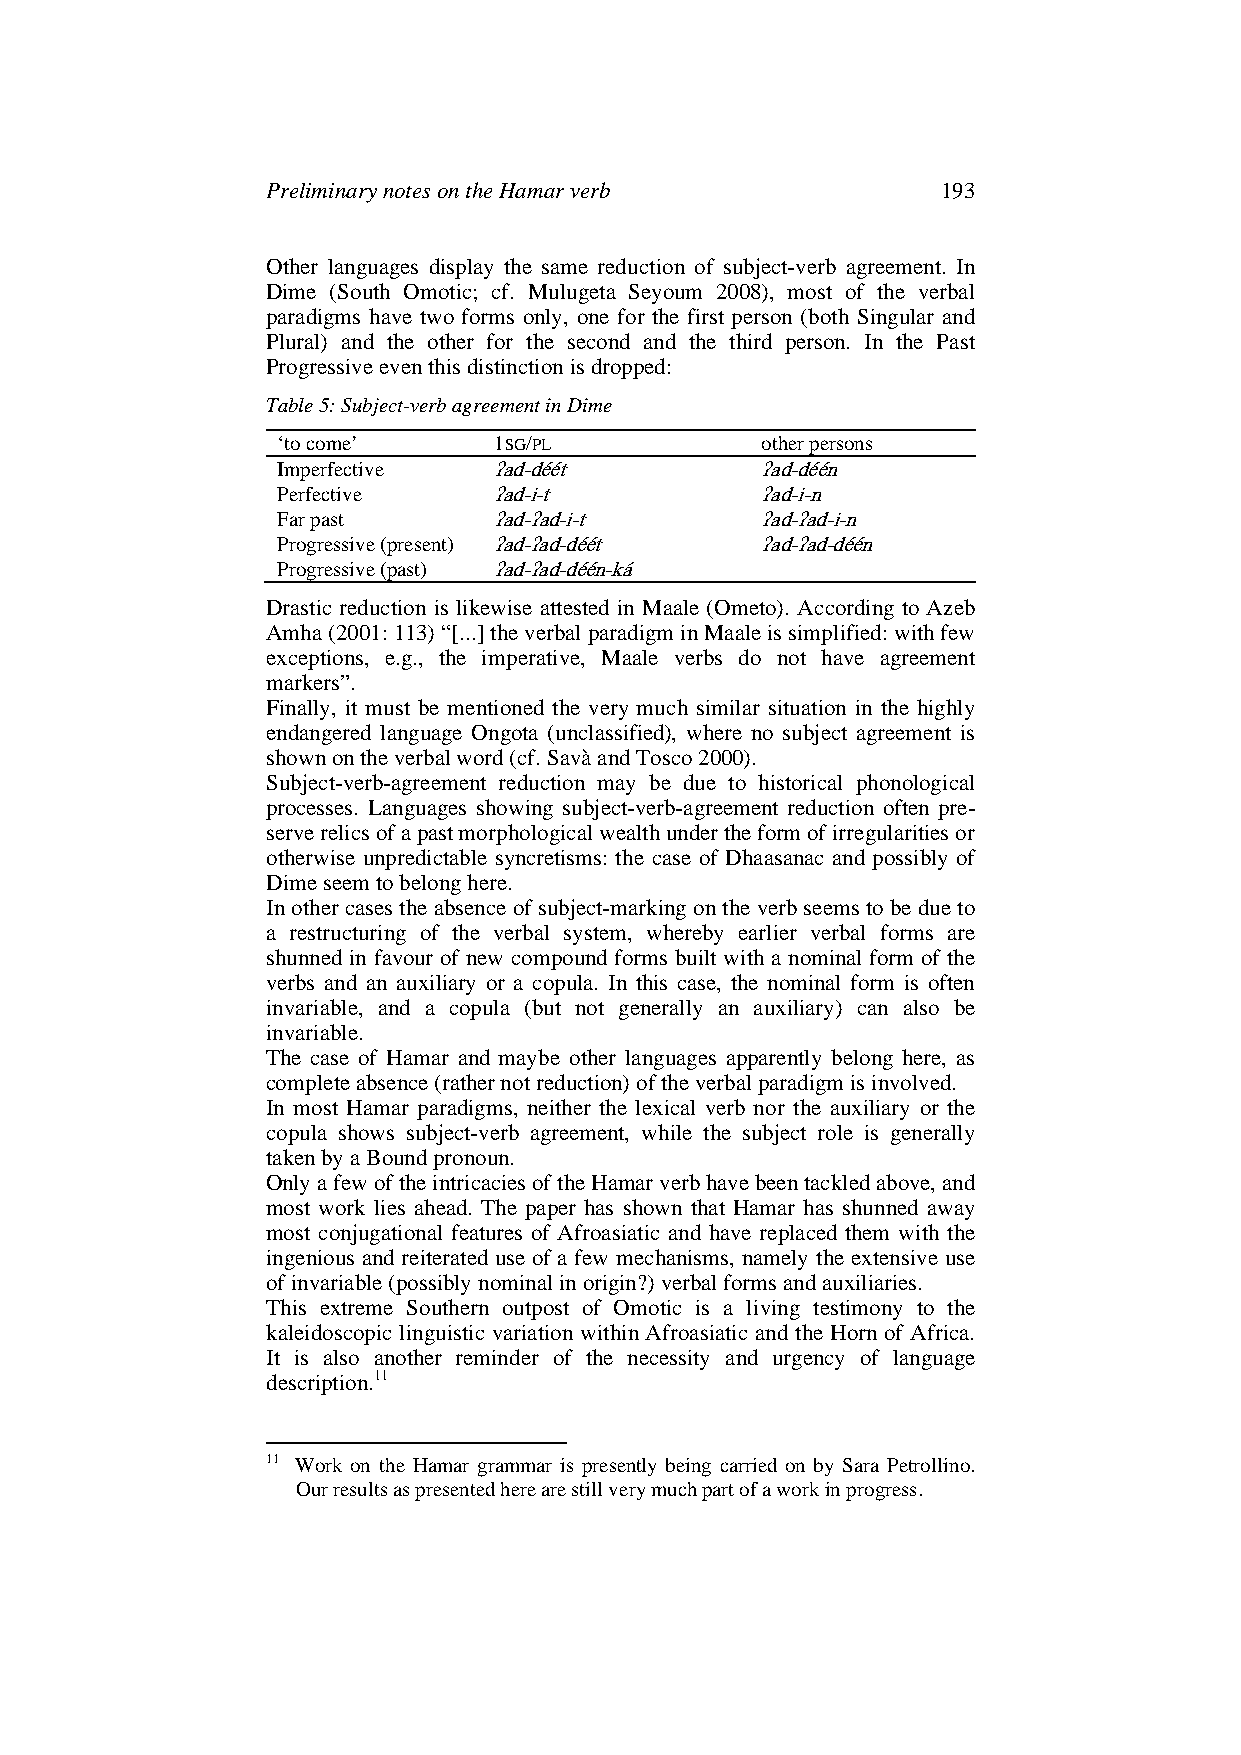
Preliminary notes on the Hamar verb         193
 Other languages display the same reduction of subject-verb agreement. In
 Dime (South Omotic; cf. Mulugeta Seyoum 2008), most of the verbal
 paradigms have two forms only, one for the first person (both Singular and
 Plural) and the other for the second and the third person. In the Past
 Progressive even this distinction is dropped:
 Table 5: Subject-verb agreement in Dime
 ‘to come’      1SG/PL           other persons
 Imperfective   ʔad-déét         ʔad-déén
 Perfective     ʔad-i-t          ʔad-i-n
 Far past       ʔad-ʔad-i-t      ʔad-ʔad-i-n
 Progressive (present) ʔad-ʔad-déét ʔad-ʔad-déén
 Progressive (past) ʔad-ʔad-déén-ká
 Drastic reduction is likewise attested in Maale (Ometo). According to Azeb
 Amha (2001: 113) “[...] the verbal paradigm in Maale is simplified: with few
 exceptions, e.g., the imperative, Maale verbs do not have agreement
 markers”.
 Finally, it must be mentioned the very much similar situation in the highly
 endangered language Ongota (unclassified), where no subject agreement is
 shown on the verbal word (cf. Savà and Tosco 2000).
 Subject-verb-agreement reduction may be due to historical phonological
 processes. Languages showing subject-verb-agreement reduction often pre-
 serve relics of a past morphological wealth under the form of irregularities or
 otherwise unpredictable syncretisms: the case of Dhaasanac and possibly of
 Dime seem to belong here.
 In other cases the absence of subject-marking on the verb seems to be due to
 a restructuring of the verbal system, whereby earlier verbal forms are
 shunned in favour of new compound forms built with a nominal form of the
 verbs and an auxiliary or a copula. In this case, the nominal form is often
 invariable, and a copula (but not generally an auxiliary) can also be
 invariable.
 The case of Hamar and maybe other languages apparently belong here, as
 complete absence (rather not reduction) of the verbal paradigm is involved.
 In most Hamar paradigms, neither the lexical verb nor the auxiliary or the
 copula shows subject-verb agreement, while the subject role is generally
 taken by a Bound pronoun.
 Only a few of the intricacies of the Hamar verb have been tackled above, and
 most work lies ahead. The paper has shown that Hamar has shunned away
 most conjugational features of Afroasiatic and have replaced them with the
 ingenious and reiterated use of a few mechanisms, namely the extensive use
 of invariable (possibly nominal in origin?) verbal forms and auxiliaries.
 This extreme Southern outpost of Omotic is a living testimony to the
 kaleidoscopic linguistic variation within Afroasiatic and the Horn of Africa.
 It is also another reminder of the necessity and urgency of language
 description.11
 11 Work on the Hamar grammar is presently being carried on by Sara Petrollino.
 Our results as presented here are still very much part of a work in progress.